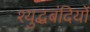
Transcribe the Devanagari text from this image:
श्युद्धबंदियों